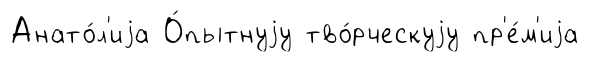
Анато́л'иjа О́пытнуjу тво́рческуjу пр'е́м'иjа